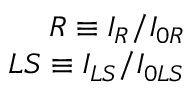
\begin{array} { r } { R \equiv I _ { R } / I _ { 0 R } } \\ { L S \equiv I _ { L S } / I _ { 0 L S } } \end{array}